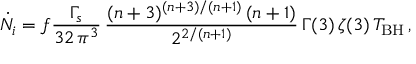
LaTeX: \dot { N _ { i } } = f \frac { \Gamma _ { s } } { 3 2 \, \pi ^ { 3 } } \, \frac { ( n + 3 ) ^ { ( n + 3 ) / ( n + 1 ) } \, ( n + 1 ) } { 2 ^ { 2 / ( n + 1 ) } } \, \Gamma ( 3 ) \, \zeta ( 3 ) \, T _ { \mathrm { B H } } \, ,